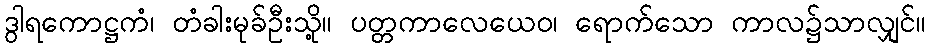
ဒွါရကောဋ္ဌကံ၊ တံခါးမုခ်ဦးသို့။ ပတ္တကာလေယေဝ၊ ရောက်သော ကာလ၌သာလျှင်။